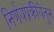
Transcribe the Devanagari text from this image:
निर्णयप्रक्रीयेतून